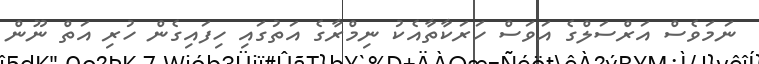
ނަމަވެސް އަރްސަލްގެ އަވަސް ހަރަކާތާއެކު ނިމްރާގެ އަތުގައި ހިފައިގެން ހުރި އަތް ނޫން